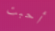
أحبت